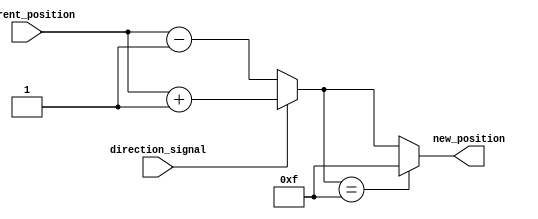
module relative_encoder #
(
    parameter N = 4 // Configure the number of bits (default is 4 bits)
)
(
    input  [N-1:0] current_position, // Current position input (N bits)
    input          direction_signal,   // Direction signal (1 bit)
    output [N-1:0] new_position        // New position output (N bits)
);

wire [N-1:0] incremented_position;
wire [N-1:0] decremented_position;
wire [N:0] adjusted_position; // N+1 bits for carry/overflow

// Calculate next positions
assign incremented_position = current_position + 1'b1; // Increment current position
assign decremented_position = current_position - 1'b1; // Decrement current position

// Handle wrap-around:
assign adjusted_position = (direction_signal) ? incremented_position : decremented_position;

// New position with wrap-around logic
assign new_position = (adjusted_position[N] == 1'b1) ? 0 : // Wrap around for overflow
                      (adjusted_position[N-1:0] == {N{1'b1}}) ? {N{1'b1}} : // Wrap around to max value
                      adjusted_position[N-1:0]; // Normal case, just use the calculated value

endmodule